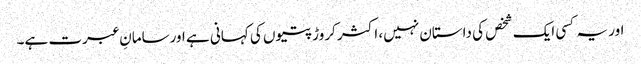
اور یہ کسی ایک شخص کی داستان نہیں، اکثر کروڑپتیوں کی کہانی ہے اورسامانِ عبرت ہے۔